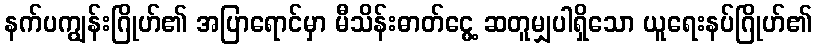
နက်ပကျွန်းဂြိုဟ်၏ အပြာရောင်မှာ မီသိန်းဓာတ်ငွေ့ ဆတူမျှပါရှိသော ယူရေးနပ်ဂြိုဟ်၏